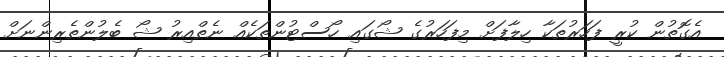
އެގޮތުން ކުރީ ފަހަރުތަކާ ހިލާފަށް މިފަހަރުގެ ޝޯގައި ހޯސްޓުންތަކެއް ނެތްއިރު ޝޯ ބެލުންތެރިންނަށް